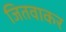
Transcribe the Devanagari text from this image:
जितवाकर